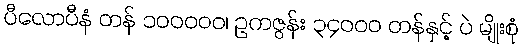
ပီလောပီနံ တန် ၁၀၀၀၀၀၊ ဥကဇွန်း ၃၄၀၀၀ တန်နှင့် ပဲ မျိုးစုံ